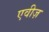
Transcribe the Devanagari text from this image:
एवीज़